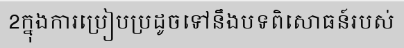
2ក្នុងការប្រៀបប្រដូចទៅនឹងបទពិសោធន៍របស់